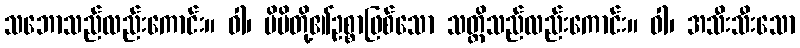
သဘောသည်လည်းကောင်း။ ဝါ၊ မိမိတို့၏ဥစ္စာဖြစ်သော သတ္တိသည်လည်းကောင်း။ ဝါ၊ အသီးသီးသော